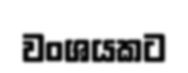
වංශයකට